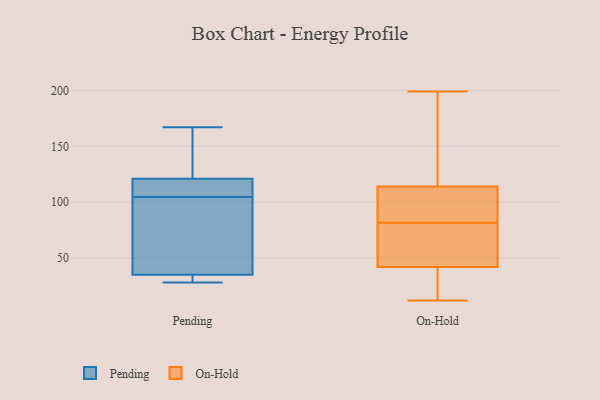
{"axis": {"x": "Shipments", "y": "Value"}, "legend": ["On-Hold", "Pending"], "data": [{"x": "", "y": 28, "type": "Pending"}, {"x": "", "y": 121, "type": "Pending"}, {"x": "", "y": 163, "type": "Pending"}, {"x": "", "y": 96, "type": "Pending"}, {"x": "", "y": 35, "type": "Pending"}, {"x": "", "y": 109, "type": "Pending"}, {"x": "", "y": 108, "type": "Pending"}, {"x": "", "y": 105, "type": "Pending"}, {"x": "", "y": 59, "type": "Pending"}, {"x": "", "y": 167, "type": "Pending"}, {"x": "", "y": 104, "type": "Pending"}, {"x": "", "y": 144, "type": "Pending"}, {"x": "", "y": 31, "type": "Pending"}, {"x": "", "y": 147, "type": "Pending"}, {"x": "", "y": 31, "type": "Pending"}, {"x": "", "y": 121, "type": "Pending"}, {"x": "", "y": 67, "type": "Pending"}, {"x": "", "y": 35, "type": "Pending"}, {"x": "", "y": 81, "type": "On-Hold"}, {"x": "", "y": 12, "type": "On-Hold"}, {"x": "", "y": 170, "type": "On-Hold"}, {"x": "", "y": 99, "type": "On-Hold"}, {"x": "", "y": 62, "type": "On-Hold"}, {"x": "", "y": 28, "type": "On-Hold"}, {"x": "", "y": 114, "type": "On-Hold"}, {"x": "", "y": 82, "type": "On-Hold"}, {"x": "", "y": 42, "type": "On-Hold"}, {"x": "", "y": 199, "type": "On-Hold"}, {"x": "", "y": 45, "type": "On-Hold"}, {"x": "", "y": 106, "type": "On-Hold"}, {"x": "", "y": 23, "type": "On-Hold"}, {"x": "", "y": 167, "type": "On-Hold"}]}